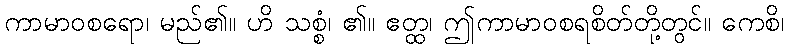
ကာမာဝစရော၊ မည်၏။ ဟိ သစ္စံ၊ ၏။ ဧတ္ထ၊ ဤကာမာဝစရစိတ်တို့တွင်။ ကေစိ၊